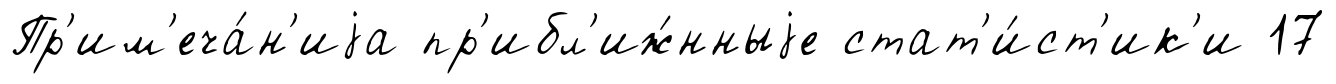
Пр'им'еча́н'иjа пр'ибл'иж́нныjе стат'и́ст'ик'и 17